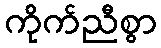
ကိုက်ညီစွာ